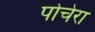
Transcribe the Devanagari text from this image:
पोचेरा